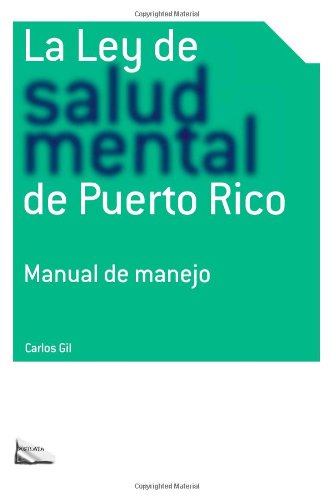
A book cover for La Ley de salud mental de Puerto Rico: Manual para su manejo por miembros de la rama Judicial, representantes legales, pacientes y sus familiares y profesionales de la salud. (Spanish Edition); Carlos Gil; Law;